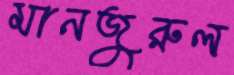
মানজুরুল